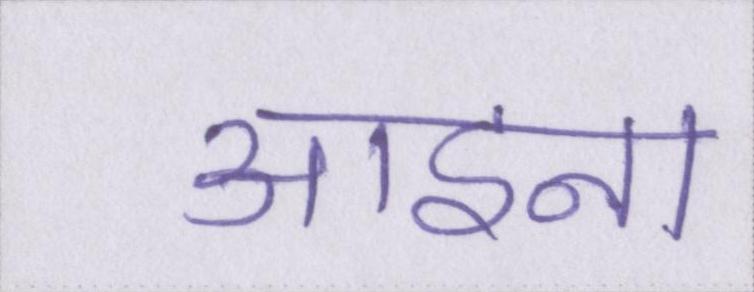
आइना